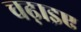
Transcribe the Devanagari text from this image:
चढ़ाइए